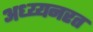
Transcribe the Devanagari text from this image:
अध्य्यनरत